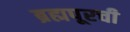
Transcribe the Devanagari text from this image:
ब्रह्मपूरची